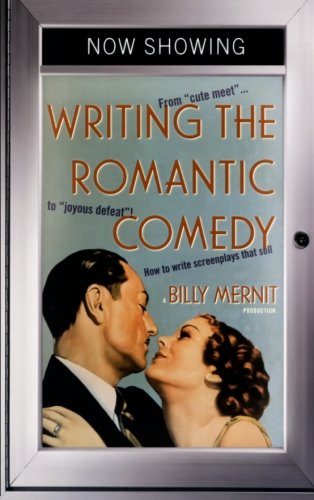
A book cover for Writing the Romantic Comedy; Billy Mernit; Romance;